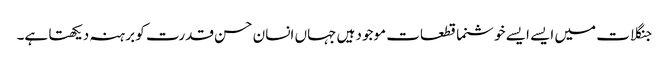
جنگلات میں ایسے ایسے خوشنما قطعات موجود ہیں جہاں انسان حسن قدرت کو برہنہ دیکھتا ہے۔